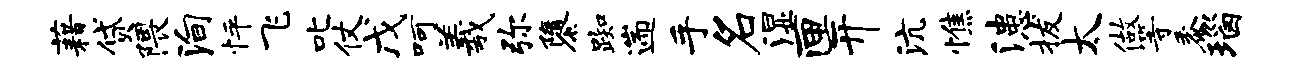
藉贷隈殉怦飞叱仗戊呵羲弥隳踟遄手名湿匣开沆憔漶拔太做等黍瑙